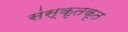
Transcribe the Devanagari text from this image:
संस्कृतकृत